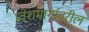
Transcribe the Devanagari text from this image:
प्रवेशमार्गावरील